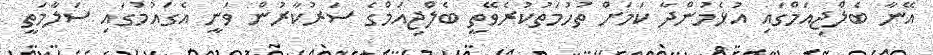
އޭނާ ބެލްޖިއަމްގައި އުޅެމުންދާ ކަމަށް ތުހުމަތުކުރެވޭތީ ބެލްޖިއަމްގެ ސަރުކާރުން ވަނީ އެގައުމުގައި ސަލާމަތީ